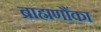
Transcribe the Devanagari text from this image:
ब्राह्मणौंका